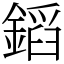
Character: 䤾